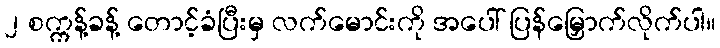
၂ စက္ကန့်ခန့် တောင့်ခံပြီးမှ လက်မောင်းကို အပေါ် ပြန်မြှောက်လိုက်ပါ။